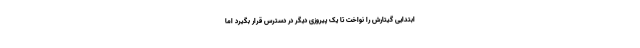
ابتدایی گیتارش را نواخت تا یک پیروزی دیگر در دسترس قرار بگیرد اما